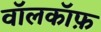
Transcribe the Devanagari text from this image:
वॉलकॉफ़